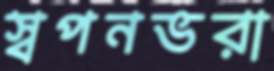
স্বপনভরা